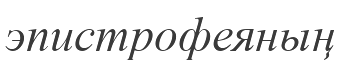
эпистрофеяның